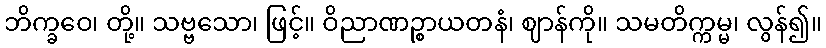
ဘိက္ခဝေ၊ တို့။ သဗ္ဗသော၊ ဖြင့်။ ဝိညာဏဉ္စာယတနံ၊ ဈာန်ကို။ သမတိက္ကမ္မ၊ လွန်၍။